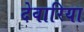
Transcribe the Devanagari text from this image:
देवारिया